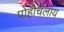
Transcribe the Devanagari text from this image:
पोहोचलाय